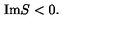
\mathrm { I m } S < 0 .